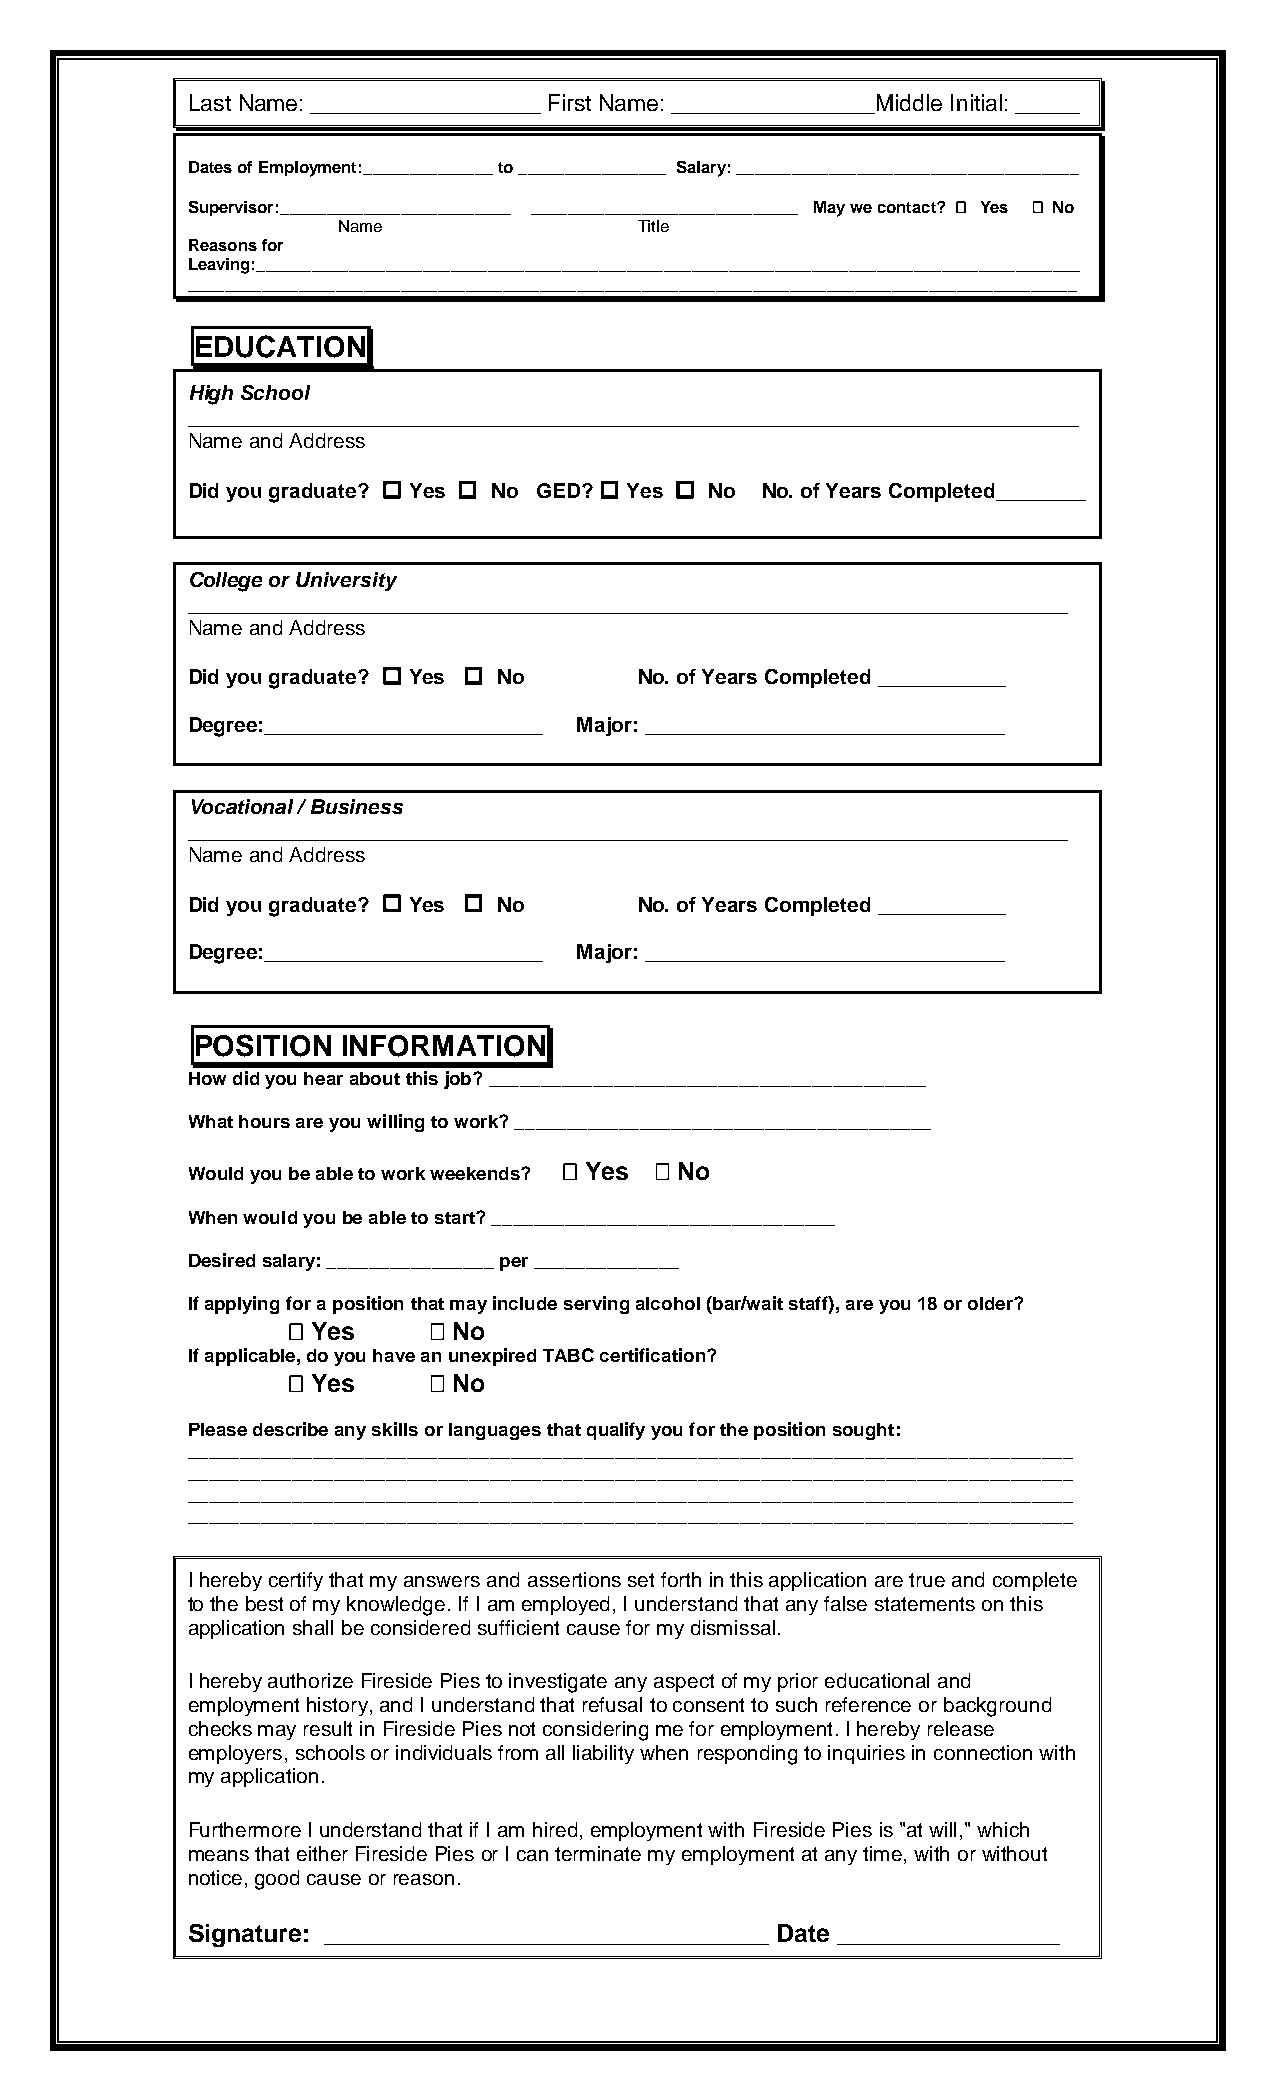
Last Name: __________________ First Name: ________________Middle Initial: _____
 Dates of Employment:______________ to ________________ Salary: _____________________________________
 Supervisor:_________________________ _____________________________ May we contact?  Yes  No
 Name                Title
 Reasons for
 Leaving:_________________________________________________________________________________________
 ________________________________________________________________________________________________
 EDUCATION
 High School
 _____________________________________________________________________________
 Name and Address
 Did you graduate?  Yes  No GED?  Yes  No No. of Years Completed_______
 College or University
 ____________________________________________________________________________
 Name and Address
 Did you graduate?  Yes  No  No. of Years Completed ___________
 Degree:________________________ Major: _______________________________
 Vocational / Business
 ____________________________________________________________________________
 Name and Address
 Did you graduate?  Yes  No  No. of Years Completed ___________
 Degree:________________________ Major: _______________________________
 POSITION  INFORMATION
 How did you hear about this job? __________________________________________
 What hours are you willing to work? ________________________________________
 Would you be able to work weekends?  Yes  No
 When would you be able to start? _________________________________
 Desired salary: ________________ per ______________
 If applying for a position that may include serving alcohol (bar/wait staff), are you 18 or older?
  Yes     No
 If applicable, do you have an unexpired TABC certification?
  Yes     No
 Please describe any skills or languages that qualify you for the position sought:
 _____________________________________________________________________________________
 _____________________________________________________________________________________
 _____________________________________________________________________________________
 _____________________________________________________________________________________
 I hereby certify that my answers and assertions set forth in this application are true and complete
 to the best of my knowledge. If I am employed, I understand that any false statements on this
 application shall be considered sufficient cause for my dismissal.
 I hereby authorize Fireside Pies to investigate any aspect of my prior educational and
 employment history, and I understand that refusal to consent to such reference or background
 checks may result in Fireside Pies not considering me for employment. I hereby release
 employers, schools or individuals from all liability when responding to inquiries in connection with
 my application.
 Furthermore I understand that if I am hired, employment with Fireside Pies is "at will," which
 means that either Fireside Pies or I can terminate my employment at any time, with or without
 notice, good cause or reason.
 Signature: ________________________________ Date ________________